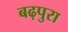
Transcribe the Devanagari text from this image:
बढ़पुरा